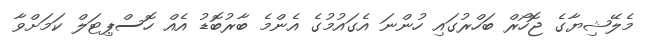
މެލޭޝިޔާގެ ޖޮހޯރް ބަހްރުގައި ހުންނަ އެގައުމުގެ އެންމެ ބާރުބޮޑު އެއް ހޮސްޕިޓަލް ކަމަށްވާ